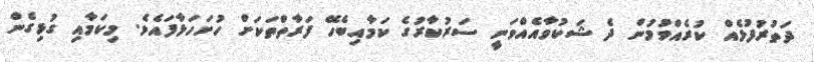
ދަތުރުފުޅެއް ކުރެއްވުމުން ދެ ޝަކުވާއެއްވަނީ ސަރުކާރުގެ ކަމާއިބެހޭ ފަރާތްތަކަށް ހުށަހަޅާފައެވެ. މިކަމާއި ގުޅިގެން